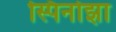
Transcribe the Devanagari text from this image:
स्पिनोझा